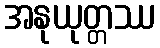
အနုယုတ္တဿ